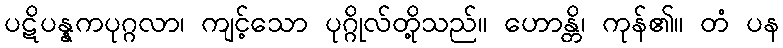
ပဋိပန္နကပုဂ္ဂလာ၊ ကျင့်သော ပုဂ္ဂိုလ်တို့သည်။ ဟောန္တိ၊ ကုန်၏။ တံ ပန